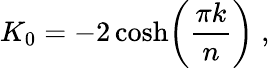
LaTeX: K_{0}=-2\cosh\biggr({\frac{\pi k}{n}}\biggr)\; ,